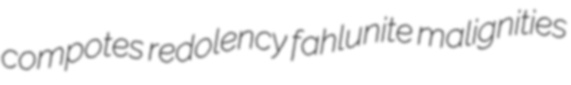
compotes redolency fahlunite malignities